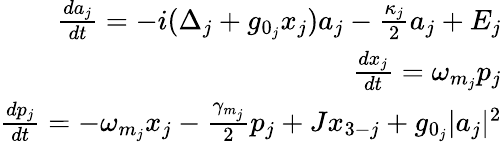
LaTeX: \begin{array}{r}{\frac{da_{j}}{dt}=-i(\Delta_{j}+g_{0_{j}}x_{j})a_{j}-\frac{\kappa_{j}}{2}a_{j}+E_{j}}\\ {\frac{dx_{j}}{dt}=\omega_{m_{j}}p_{j}}\\ {\frac{dp_{j}}{dt}=-\omega_{m_{j}}x_{j}-\frac{\gamma_{m_{j}}}{2}p_{j}+Jx_{3-j}+g_{0_{j}}|a_{j}|^{2}}\end{array}